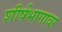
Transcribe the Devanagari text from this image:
शीर्षभागावर